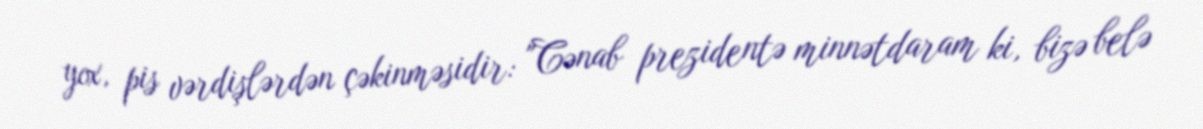
yox, pis vərdişlərdən çəkinməsidir: "Cənab prezidentə minnətdaram ki, bizə belə